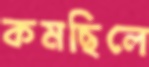
কমছিলে